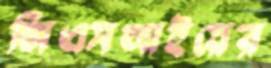
জিএমআইয়ের